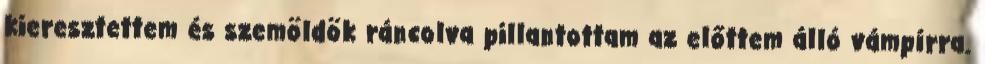
kieresztettem és szemöldök ráncolva pillantottam az előttem álló vámpírra.